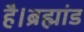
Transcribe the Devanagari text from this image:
है।ब्रह्मांड